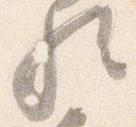
歟